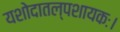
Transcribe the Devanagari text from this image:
यशोदातल्पशायकः।